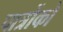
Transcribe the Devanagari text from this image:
पात्रोंको